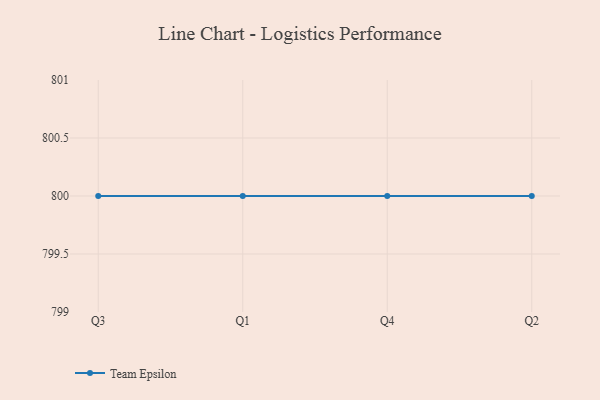
{"axis": {"x": "Quarter", "y": "Humidity (%)"}, "legend": ["Team Epsilon"], "data": [{"x": "Q3", "y": 800, "type": "Team Epsilon"}, {"x": "Q1", "y": 800, "type": "Team Epsilon"}, {"x": "Q4", "y": 800, "type": "Team Epsilon"}, {"x": "Q2", "y": 800, "type": "Team Epsilon"}]}